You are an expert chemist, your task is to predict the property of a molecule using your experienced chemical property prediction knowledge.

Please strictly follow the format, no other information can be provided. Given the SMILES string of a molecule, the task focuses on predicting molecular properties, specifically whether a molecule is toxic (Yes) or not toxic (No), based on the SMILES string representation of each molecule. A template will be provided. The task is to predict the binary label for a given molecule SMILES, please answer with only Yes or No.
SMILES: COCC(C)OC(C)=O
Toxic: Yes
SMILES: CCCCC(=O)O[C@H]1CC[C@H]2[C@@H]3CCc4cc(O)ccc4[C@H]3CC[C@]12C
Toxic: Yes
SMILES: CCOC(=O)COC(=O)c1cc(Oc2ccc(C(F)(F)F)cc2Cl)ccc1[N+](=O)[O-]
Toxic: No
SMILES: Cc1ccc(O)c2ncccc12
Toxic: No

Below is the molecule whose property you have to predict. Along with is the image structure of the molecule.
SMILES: CCCCNc1cc(C(=O)O)cc(S(N)(=O)=O)c1Oc1ccccc1
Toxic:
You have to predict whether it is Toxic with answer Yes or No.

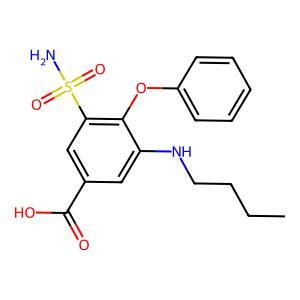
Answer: No